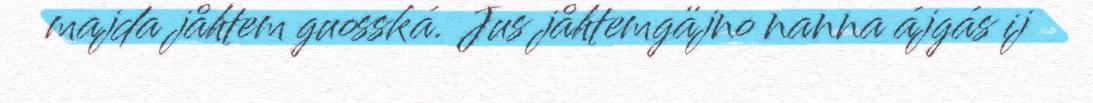
majda jåhtem guosská. Jus jåhtemgäjno nanna ájgás ij